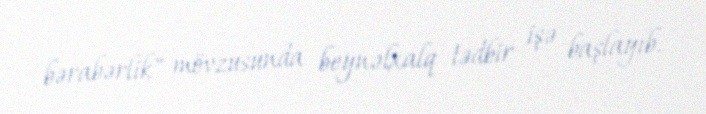
bərabərlik" mövzusunda beynəlxalq tədbir işə başlayıb.